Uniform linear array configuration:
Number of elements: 48
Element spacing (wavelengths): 0.5
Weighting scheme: cosine
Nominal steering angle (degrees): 0
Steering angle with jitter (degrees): -1.11
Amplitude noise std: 0.05
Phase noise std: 0.05

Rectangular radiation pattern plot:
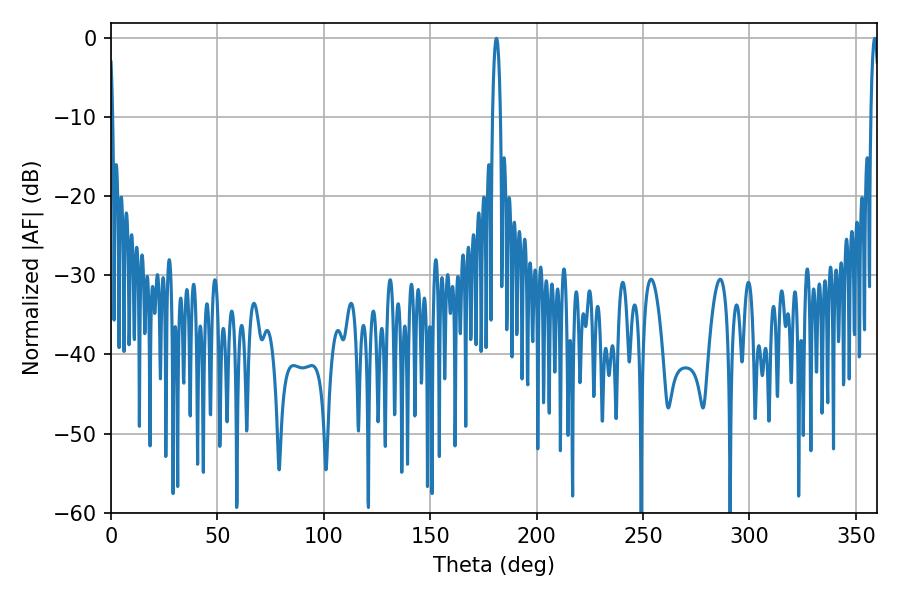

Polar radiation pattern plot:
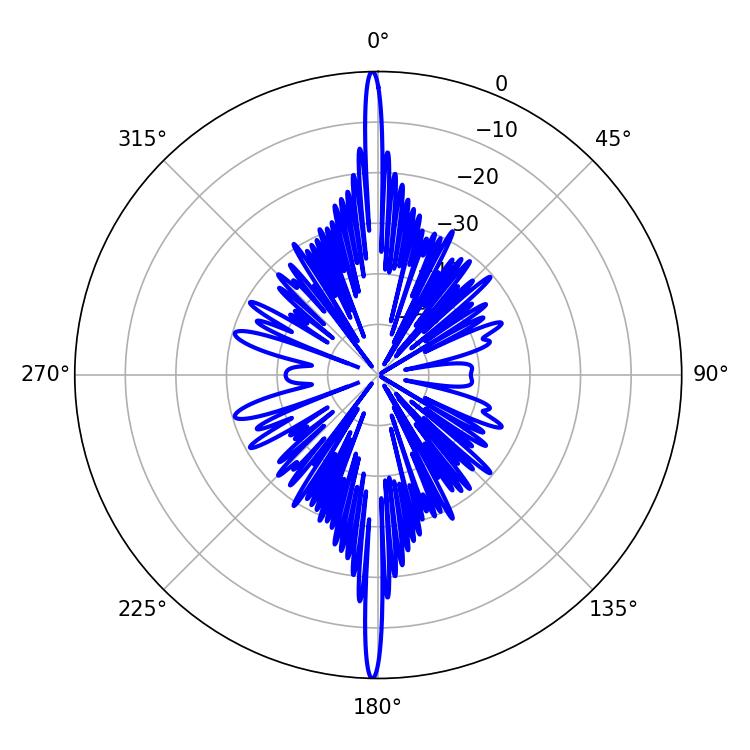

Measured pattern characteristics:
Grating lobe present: FALSE
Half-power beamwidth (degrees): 2.16
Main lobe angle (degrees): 181.08